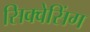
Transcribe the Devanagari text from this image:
सिक्वेसिंग